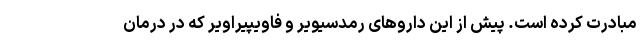
مبادرت کرده است. پیش از این داروهای رمدسیویر و فاویپیراویر که در درمان